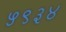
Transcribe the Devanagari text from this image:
५९३४